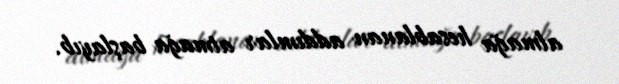
almağa hesablanan addımlar atmağa başlayıb.